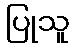
ပြုသူ